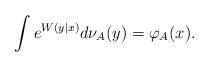
LaTeX: \begin{align*} \int e^{ W (y|x)} d \nu_{A}(y) = \varphi_A(x).\end{align*}